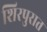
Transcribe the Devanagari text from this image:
शिरपुरात